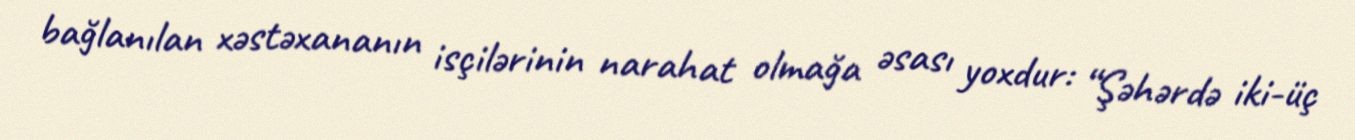
bağlanılan xəstəxananın isçilərinin narahat olmağa əsası yoxdur: “Şəhərdə iki-üç